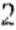
2